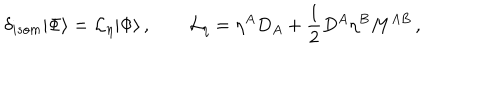
\delta _ { i s o m } | \Phi \rangle = { \cal L } _ { \eta } | \Phi \rangle \, , \qquad { \cal L } _ { \eta } = \eta ^ { A } D _ { A } + \frac { 1 } { 2 } D ^ { A } \eta ^ { B } M ^ { A B } \, ,